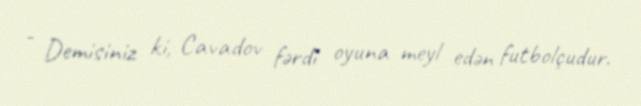
- Demisiniz ki, Cavadov fərdi oyuna meyl edən futbolçudur.